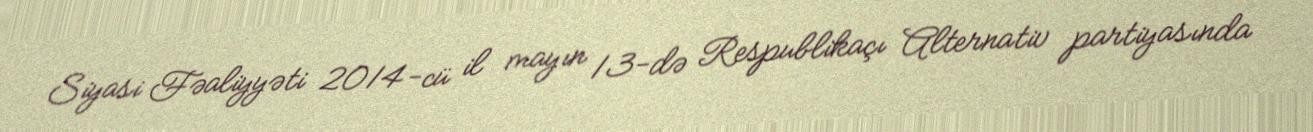
Siyasi Fəaliyyəti 2014-cü il mayın 13-də Respublikaçı Alternativ partiyasında